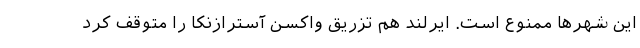
این شهرها ممنوع است. ایرلند هم تزریق واکسن آسترازنکا را متوقف کرد